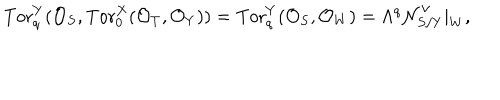
LaTeX: \mathrm { T o r } _ { q } ^ { Y } ( { \cal O } _ { S } , \mathrm { T o r } _ { 0 } ^ { X } ( { \cal O } _ { T } , { \cal O } _ { Y } ) ) = \mathrm { T o r } _ { q } ^ { Y } ( { \cal O } _ { S } , { \cal O } _ { W } ) = \Lambda ^ { q } { \cal N } _ { S / Y } ^ { \vee } | _ { W } ,